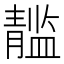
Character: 𲊘